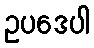
ဥပဒေပါ